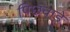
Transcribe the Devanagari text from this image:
पिछवाडे़